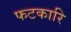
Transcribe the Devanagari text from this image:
फटकारि